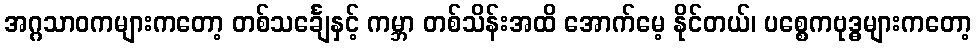
အဂ္ဂသာဝကများကတော့ တစ်သင်္ချေနှင့် ကမ္ဘာ တစ်သိန်းအထိ အောက်မေ့ နိုင်တယ်၊ ပစ္စေကဗုဒ္ဓများကတော့